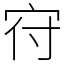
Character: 𡧛